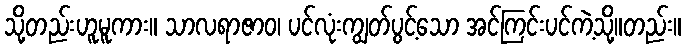
သို့တည်းဟူမူကား။ သာလရာဇာဝ၊ ပင်လုံးကျွတ်ပွင့်သော အင်ကြင်းပင်ကဲ့သို့။တည်း။